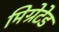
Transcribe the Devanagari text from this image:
मिग्रेटेड